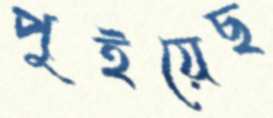
পুইয়েছ